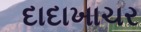
દાદાખાચર